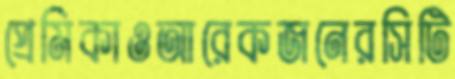
প্রেমিকাওআরেকজনেরসিটি